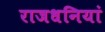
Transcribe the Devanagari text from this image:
राजधनियां